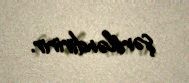
şərtləndiririr.